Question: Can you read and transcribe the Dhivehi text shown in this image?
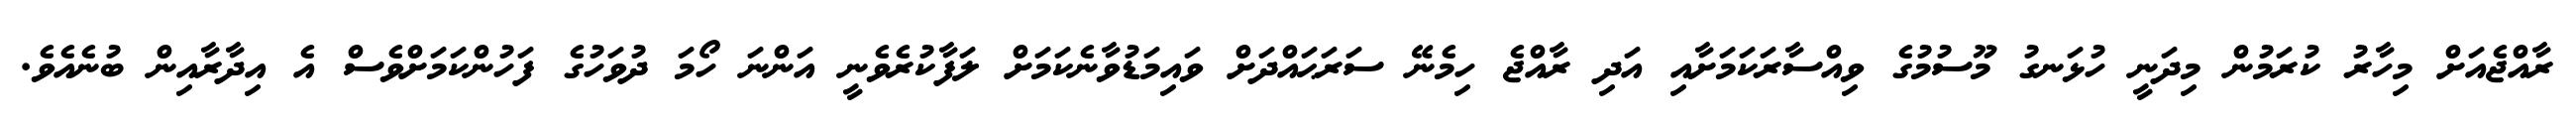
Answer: ރާއްޖެއަށް މިހާރު ކުރަމުން މިދަނީ ހުޅަނގު މޫސުމުގެ ވިއްސާރަކަމަށާއި އަދި ރާއްޖެ ހިމެނޭ ސަރަޙައްދަށް ވައިމަޑުވާނެކަމަށް ލަފާކުރެވެނީ އަންނަ ހޯމަ ދުވަހުގެ ފަހުންކަމަށްވެސް އެ އިދާރާއިން ބުނެއެވެ.